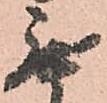
無